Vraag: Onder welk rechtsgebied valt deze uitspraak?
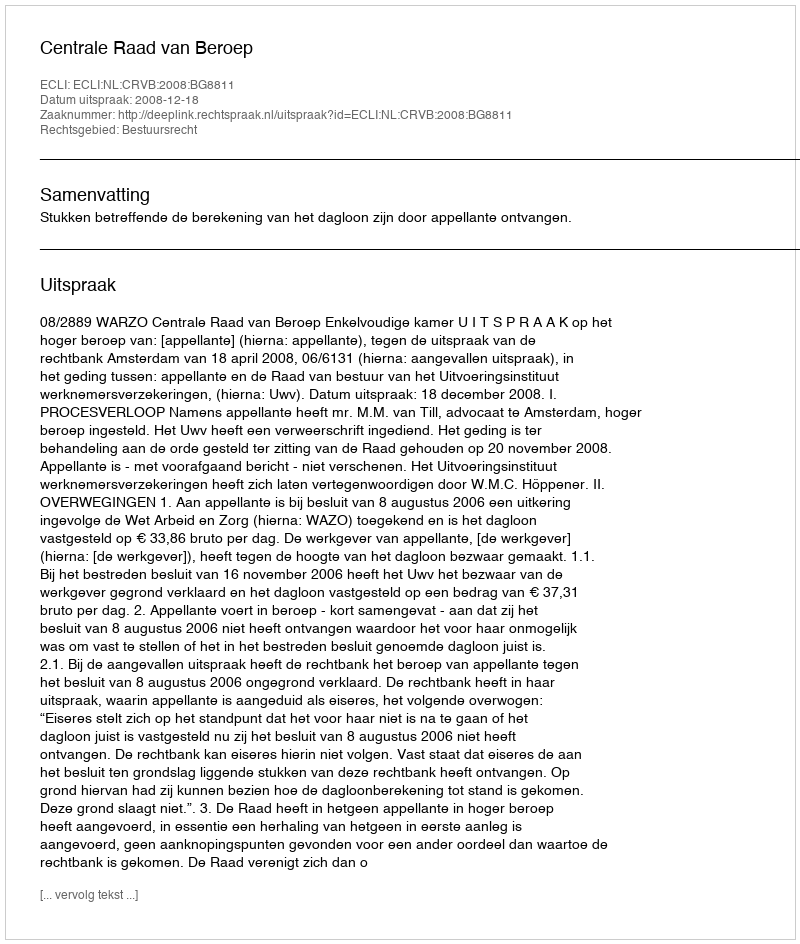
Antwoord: Bestuursrecht